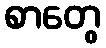
စာတွေ